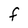
Character: F